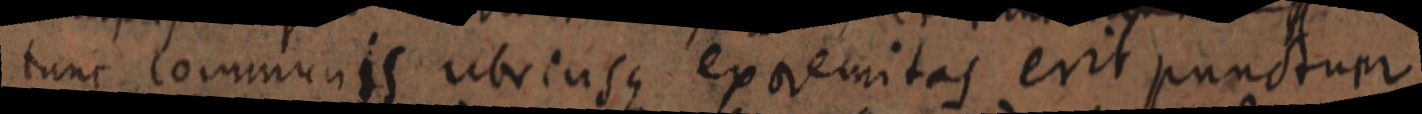
tunc communis ubriusque extremitas erit punctum